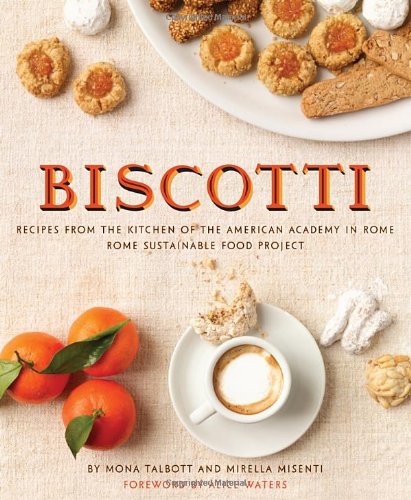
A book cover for Biscotti: Recipes from the Kitchen of The American Academy in Rome, The Rome Sustainable Food Project; Mona Talbott; Cookbooks, Food & Wine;